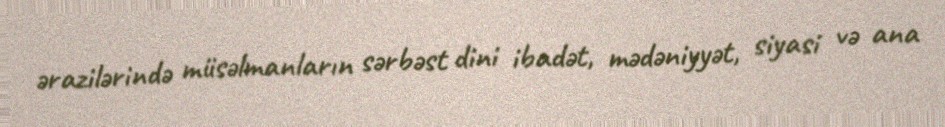
ərazilərində müsəlmanların sərbəst dini ibadət, mədəniyyət, siyasi və ana